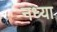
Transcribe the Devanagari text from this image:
नध्या